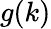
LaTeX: g(k)